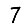
Digit: 7